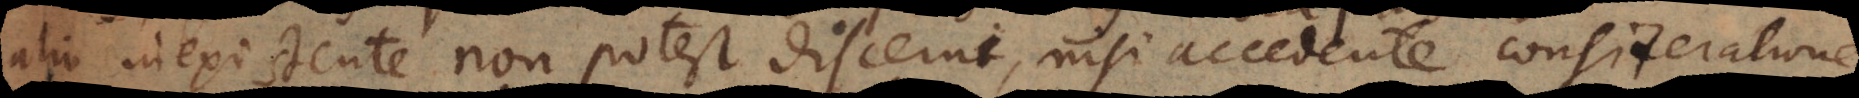
alio inexistente non potest discerni, nisi accedente consideratione